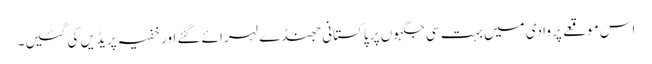
اس موقعے پر وادی میں بہت سی جگہوں پر پاکستانی جھنڈے لہرائے گئے اور خفیہ پریڈیں کی گئیں۔